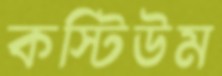
কস্টিউম